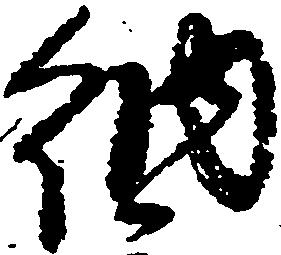
納